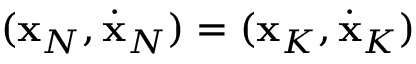
( { \bf x } _ { N } , \dot { \bf x } _ { N } ) = ( { \bf x } _ { K } , \dot { \bf x } _ { K } )